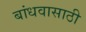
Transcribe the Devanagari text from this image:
बांधवासाठी